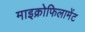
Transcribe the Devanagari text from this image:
माइक्रोफिलामेंट